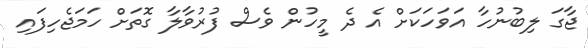
ޖާގަ ލިބުނުހާ އަވަހަކަށް އެ ދެ މީހުން ވެސް ފުރުވާލާ ގޮތަށް ހަމަޖެހިފައި